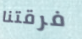
فرقتنا